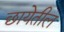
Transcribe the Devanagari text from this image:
छायेतील